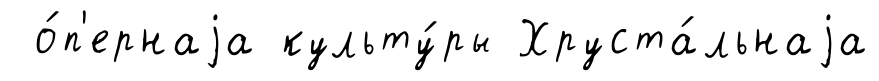
о́п'ернаjа культу́ры Хруста́льнаjа